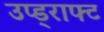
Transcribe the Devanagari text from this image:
उप्ड्राफ्ट